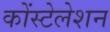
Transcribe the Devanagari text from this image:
कोंस्टेलेशन